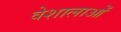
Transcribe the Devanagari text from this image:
वेशालाओं